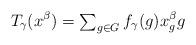
LaTeX: \begin{align*}T_\gamma(x^\beta)={\textstyle\sum_{g\in G}}\, f_\gamma(g)x_g^\beta g\end{align*}